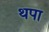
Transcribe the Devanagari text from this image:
थपा